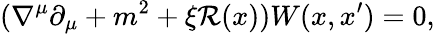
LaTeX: (\nabla^{\mu}\partial_{\mu}+m^{2}+\xi\mathcal{R}(x))W(x,x^{\prime})=0,